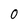
Character: 0